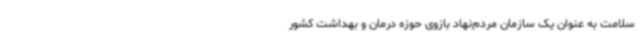
سلامت به عنوان یک سازمان مردم‌نهاد بازوی حوزه درمان و بهداشت کشور